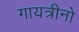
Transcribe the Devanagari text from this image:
गायत्रीनो